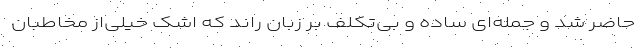
حاضر شد و جمله‌ای ساده و بی‌تکلف بر زبان راند که اشک خیلی‌از مخاطبان